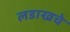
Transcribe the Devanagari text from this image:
लडाखचे